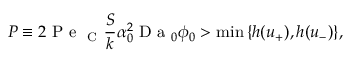
P \equiv 2 \mathrm { ~ P ~ e ~ } _ { \mathrm { ~ C ~ } } \frac { S } { k } \alpha _ { 0 } ^ { 2 } \mathrm { ~ D ~ a ~ } _ { 0 } \phi _ { 0 } > \operatorname* { m i n } { \{ h ( u _ { + } ) , h ( u _ { - } ) \} } ,